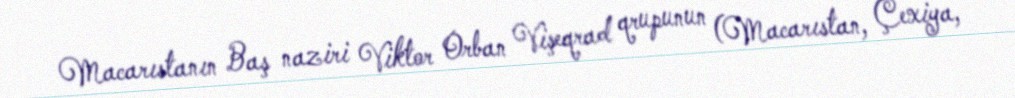
Macarıstanın Baş naziri Viktor Orban Vişeqrad qrupunun (Macarıstan, Çexiya,